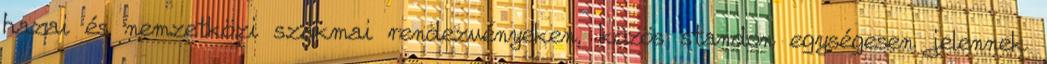
hazai és nemzetközi szakmai rendezvényeken, közös standon egységesen jelennek